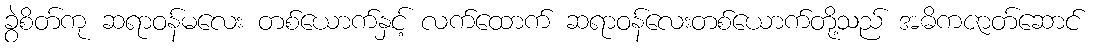
ခွဲစိတ်ကု ဆရာဝန်မလေး တစ်ယောက်နှင့် လက်ထောက် ဆရာဝန်လေးတစ်ယောက်တို့သည် အဓိကဇာတ်ဆောင်